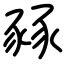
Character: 豩